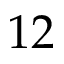
1 2